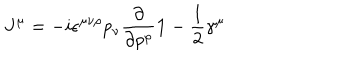
J ^ { \mu } = - i \epsilon ^ { \mu \nu \rho } p _ { \nu } { \frac { \partial } { \partial p ^ { \rho } } } { \bf 1 } - \frac { 1 } { 2 } \gamma ^ { \mu }